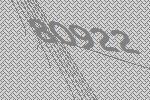
80922